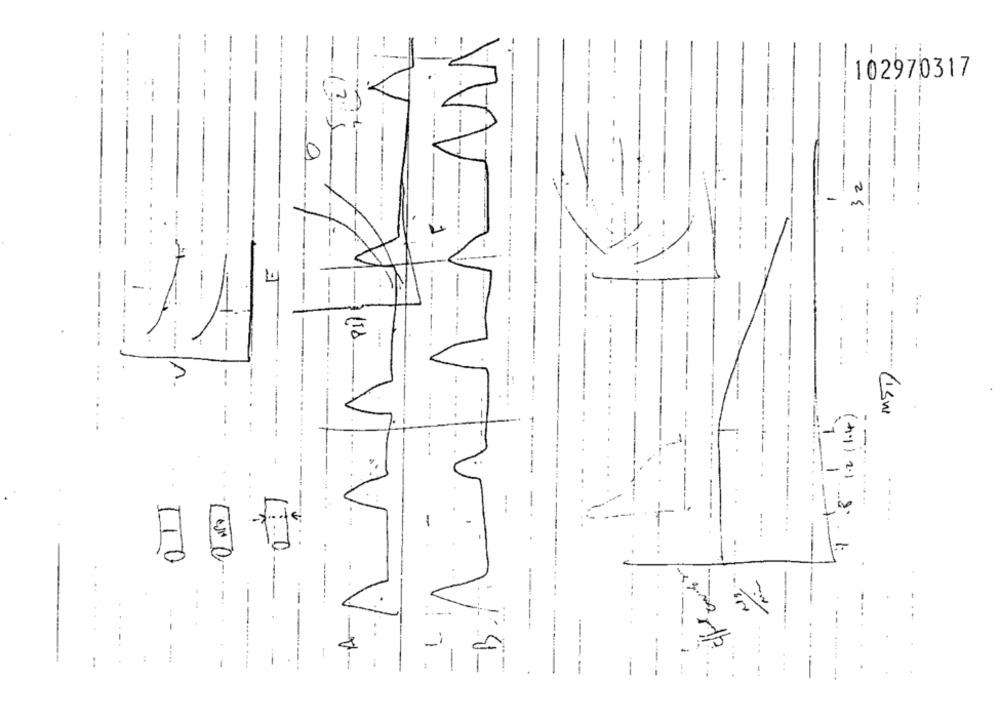
AAA
102970317
--
--
-
-
-1
-A+
0
N
-
-
sw
-
-
(41)2.1
---
110
-
--
.....
1
-.
--
-
1-
---
......
---